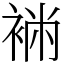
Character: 䘷